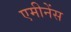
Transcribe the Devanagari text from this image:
एमीनेंस